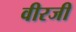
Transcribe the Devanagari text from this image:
वीरजी